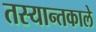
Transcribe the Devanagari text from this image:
तस्यान्तकाले